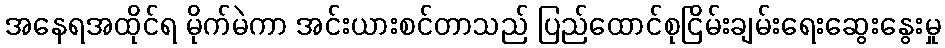
အနေရအထိုင်ရ မိုက်မဲကာ အင်းယားစင်တာသည် ပြည်ထောင်စုငြိမ်းချမ်းရေးဆွေးနွေးမှု